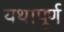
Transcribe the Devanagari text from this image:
यथापूर्ण